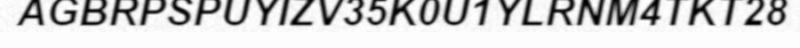
AGBRPSPUYIZV35K0U1YLRNM4TKT28